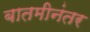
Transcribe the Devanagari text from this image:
बातमीनंतर